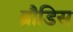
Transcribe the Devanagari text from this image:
ब्रौडिस